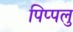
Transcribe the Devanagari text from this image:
पिप्पलु